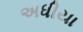
અધીયા